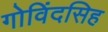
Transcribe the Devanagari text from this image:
गोविंदसिह